Indian journal of veterinary science and animal husbandry - Volume 4,
Year: 1934
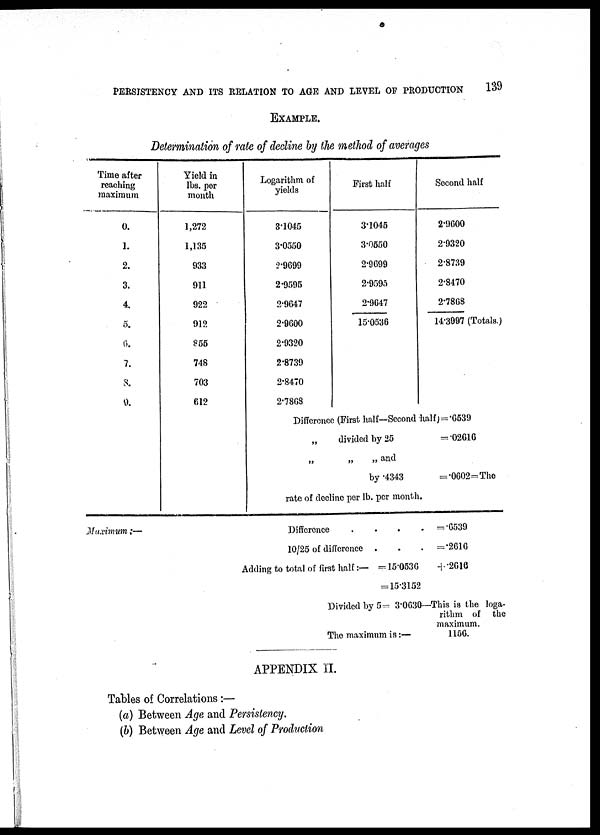
PERSISTENCY AND ITS RELATION TO AGE AND LEVEL OF PRODUCTION
139
EXAMPLE.
Determination of rate of decline by the method of averages
Time after
reaching
maximum
0.
1.
2.
3.
4.
5.
6.
7.
8.
9.
Yield in
lbs. per
month
1,272
1,135
933
911
922
912
855
748
703
612
Logarithm of
yields
3.1045
3.0550
2.9699
2.9595
2.9647
2.9600
2.9320
2.8739
2.8470
2.7868
First half
3.1045
3.0550
2.9699
2.9595
2.9647
15.0536
Second half
2.9600
2.9320
2.8739
2.8470
2.7868
14.3997 (Totals.)
Difference (First half—Second half)=.6539
„
„
divided by 25
„ „ and
by .4343
=.02616
=.0602=The
rate of decline per lb. per month.
Maximum :—
Difference
.
.
.
.
10/25 of difference . . .
Adding to total of first half :- = 15.0536
= 15.3152
Divided by 5= 3.0630—
The maximum is :—
= .6539
= .2616
+ .2616
This is the loga-
rithm of the
maximum.
1156.
APPENDIX II.
Tables of Correlations:—
(a) Between Age and Persistency.
(b) Between Age and Level of Production